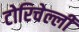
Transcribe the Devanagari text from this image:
टोरिचेल्ली